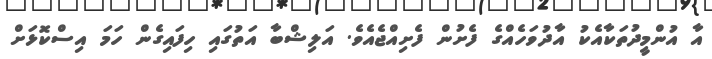
އާ އުންމީދުތަކާއެކު އާދުވަހެއްގެ ފެށުން ފެށިއްޖެއެވެ. އަލިޝްބާ އަތުގައި ހިފައިގެން ހަމަ އިސްކޮޅަށް